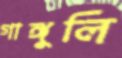
গাঙ্গুলি